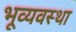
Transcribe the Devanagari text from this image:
भूव्यवस्था